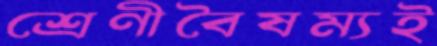
শ্রেণীবৈষম্যই